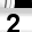
Digit: 2